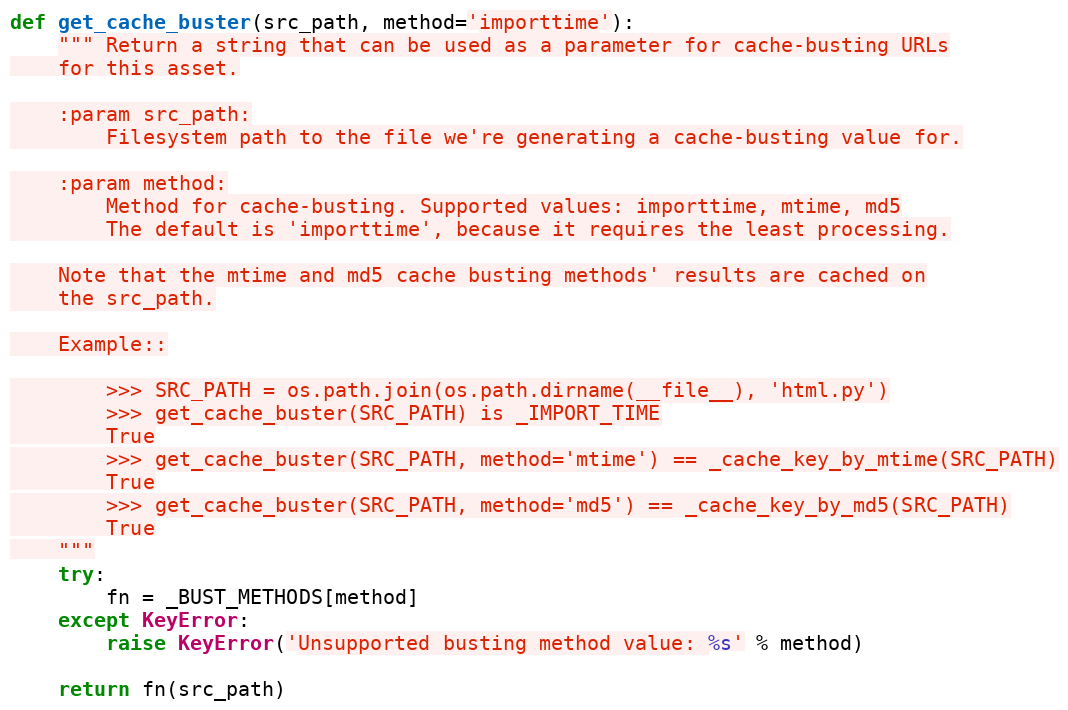
Language: Python
def get_cache_buster(src_path, method='importtime'):
    """ Return a string that can be used as a parameter for cache-busting URLs
    for this asset.

    :param src_path:
        Filesystem path to the file we're generating a cache-busting value for.

    :param method:
        Method for cache-busting. Supported values: importtime, mtime, md5
        The default is 'importtime', because it requires the least processing.

    Note that the mtime and md5 cache busting methods' results are cached on
    the src_path.

    Example::

        >>> SRC_PATH = os.path.join(os.path.dirname(__file__), 'html.py')
        >>> get_cache_buster(SRC_PATH) is _IMPORT_TIME
        True
        >>> get_cache_buster(SRC_PATH, method='mtime') == _cache_key_by_mtime(SRC_PATH)
        True
        >>> get_cache_buster(SRC_PATH, method='md5') == _cache_key_by_md5(SRC_PATH)
        True
    """
    try:
        fn = _BUST_METHODS[method]
    except KeyError:
        raise KeyError('Unsupported busting method value: %s' % method)

    return fn(src_path)